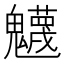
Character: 𩴾